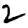
Digit: 2